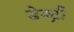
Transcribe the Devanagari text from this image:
डेक्ट्री